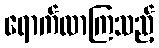
ရောက်လာကြသည့်